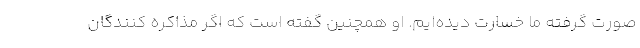
صورت گرفته ما خسارت دیده‌ایم. او همچنین گفته است که اگر مذاکره کنندگان